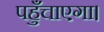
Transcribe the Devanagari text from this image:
पहुँचाएगा।